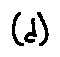
( d )